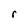
Character: r